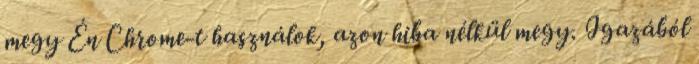
megy Én Chrome-t használok, azon hiba nélkül megy. Igazából